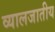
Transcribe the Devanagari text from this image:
व्यालजातीय